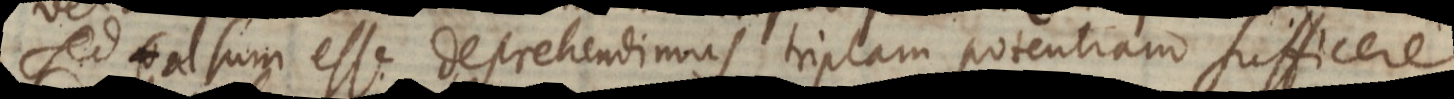
Sed falsum esse deprehendimus triplam potentiam sufficere